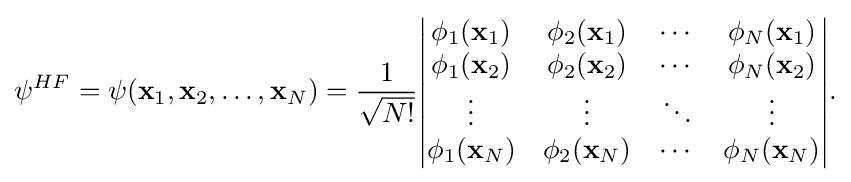
{\begin{aligned}\psi ^{HF}=\psi (\mathbf {x} _{1},\mathbf {x} _{2},\ldots ,\mathbf {x} _{N})={\frac {1}{\sqrt {N!}}}{\begin{vmatrix}\phi _{1}(\mathbf {x} _{1})&\phi _{2}(\mathbf {x} _{1})&\cdots &\phi _{N}(\mathbf {x} _{1})\\\phi _{1}(\mathbf {x} _{2})&\phi _{2}(\mathbf {x} _{2})&\cdots &\phi _{N}(\mathbf {x} _{2})\\\vdots &\vdots &\ddots &\vdots \\\phi _{1}(\mathbf {x} _{N})&\phi _{2}(\mathbf {x} _{N})&\cdots &\phi _{N}(\mathbf {x} _{N})\end{vmatrix}}.\end{aligned}}